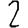
Digit: 2